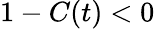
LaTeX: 1-C(t)<0